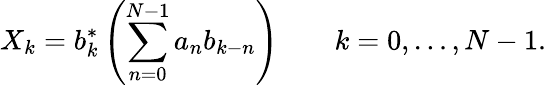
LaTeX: X_{k}=b_{k}^{*}\left(\sum_{n=0}^{N-1}a_{n}b_{k-n}\right)\qquad k=0,\dots,N-1.